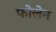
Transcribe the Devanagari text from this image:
फोलेन